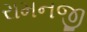
રામનજી